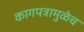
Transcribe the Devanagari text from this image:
कागपत्रामुळेच